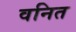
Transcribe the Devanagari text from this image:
वनित